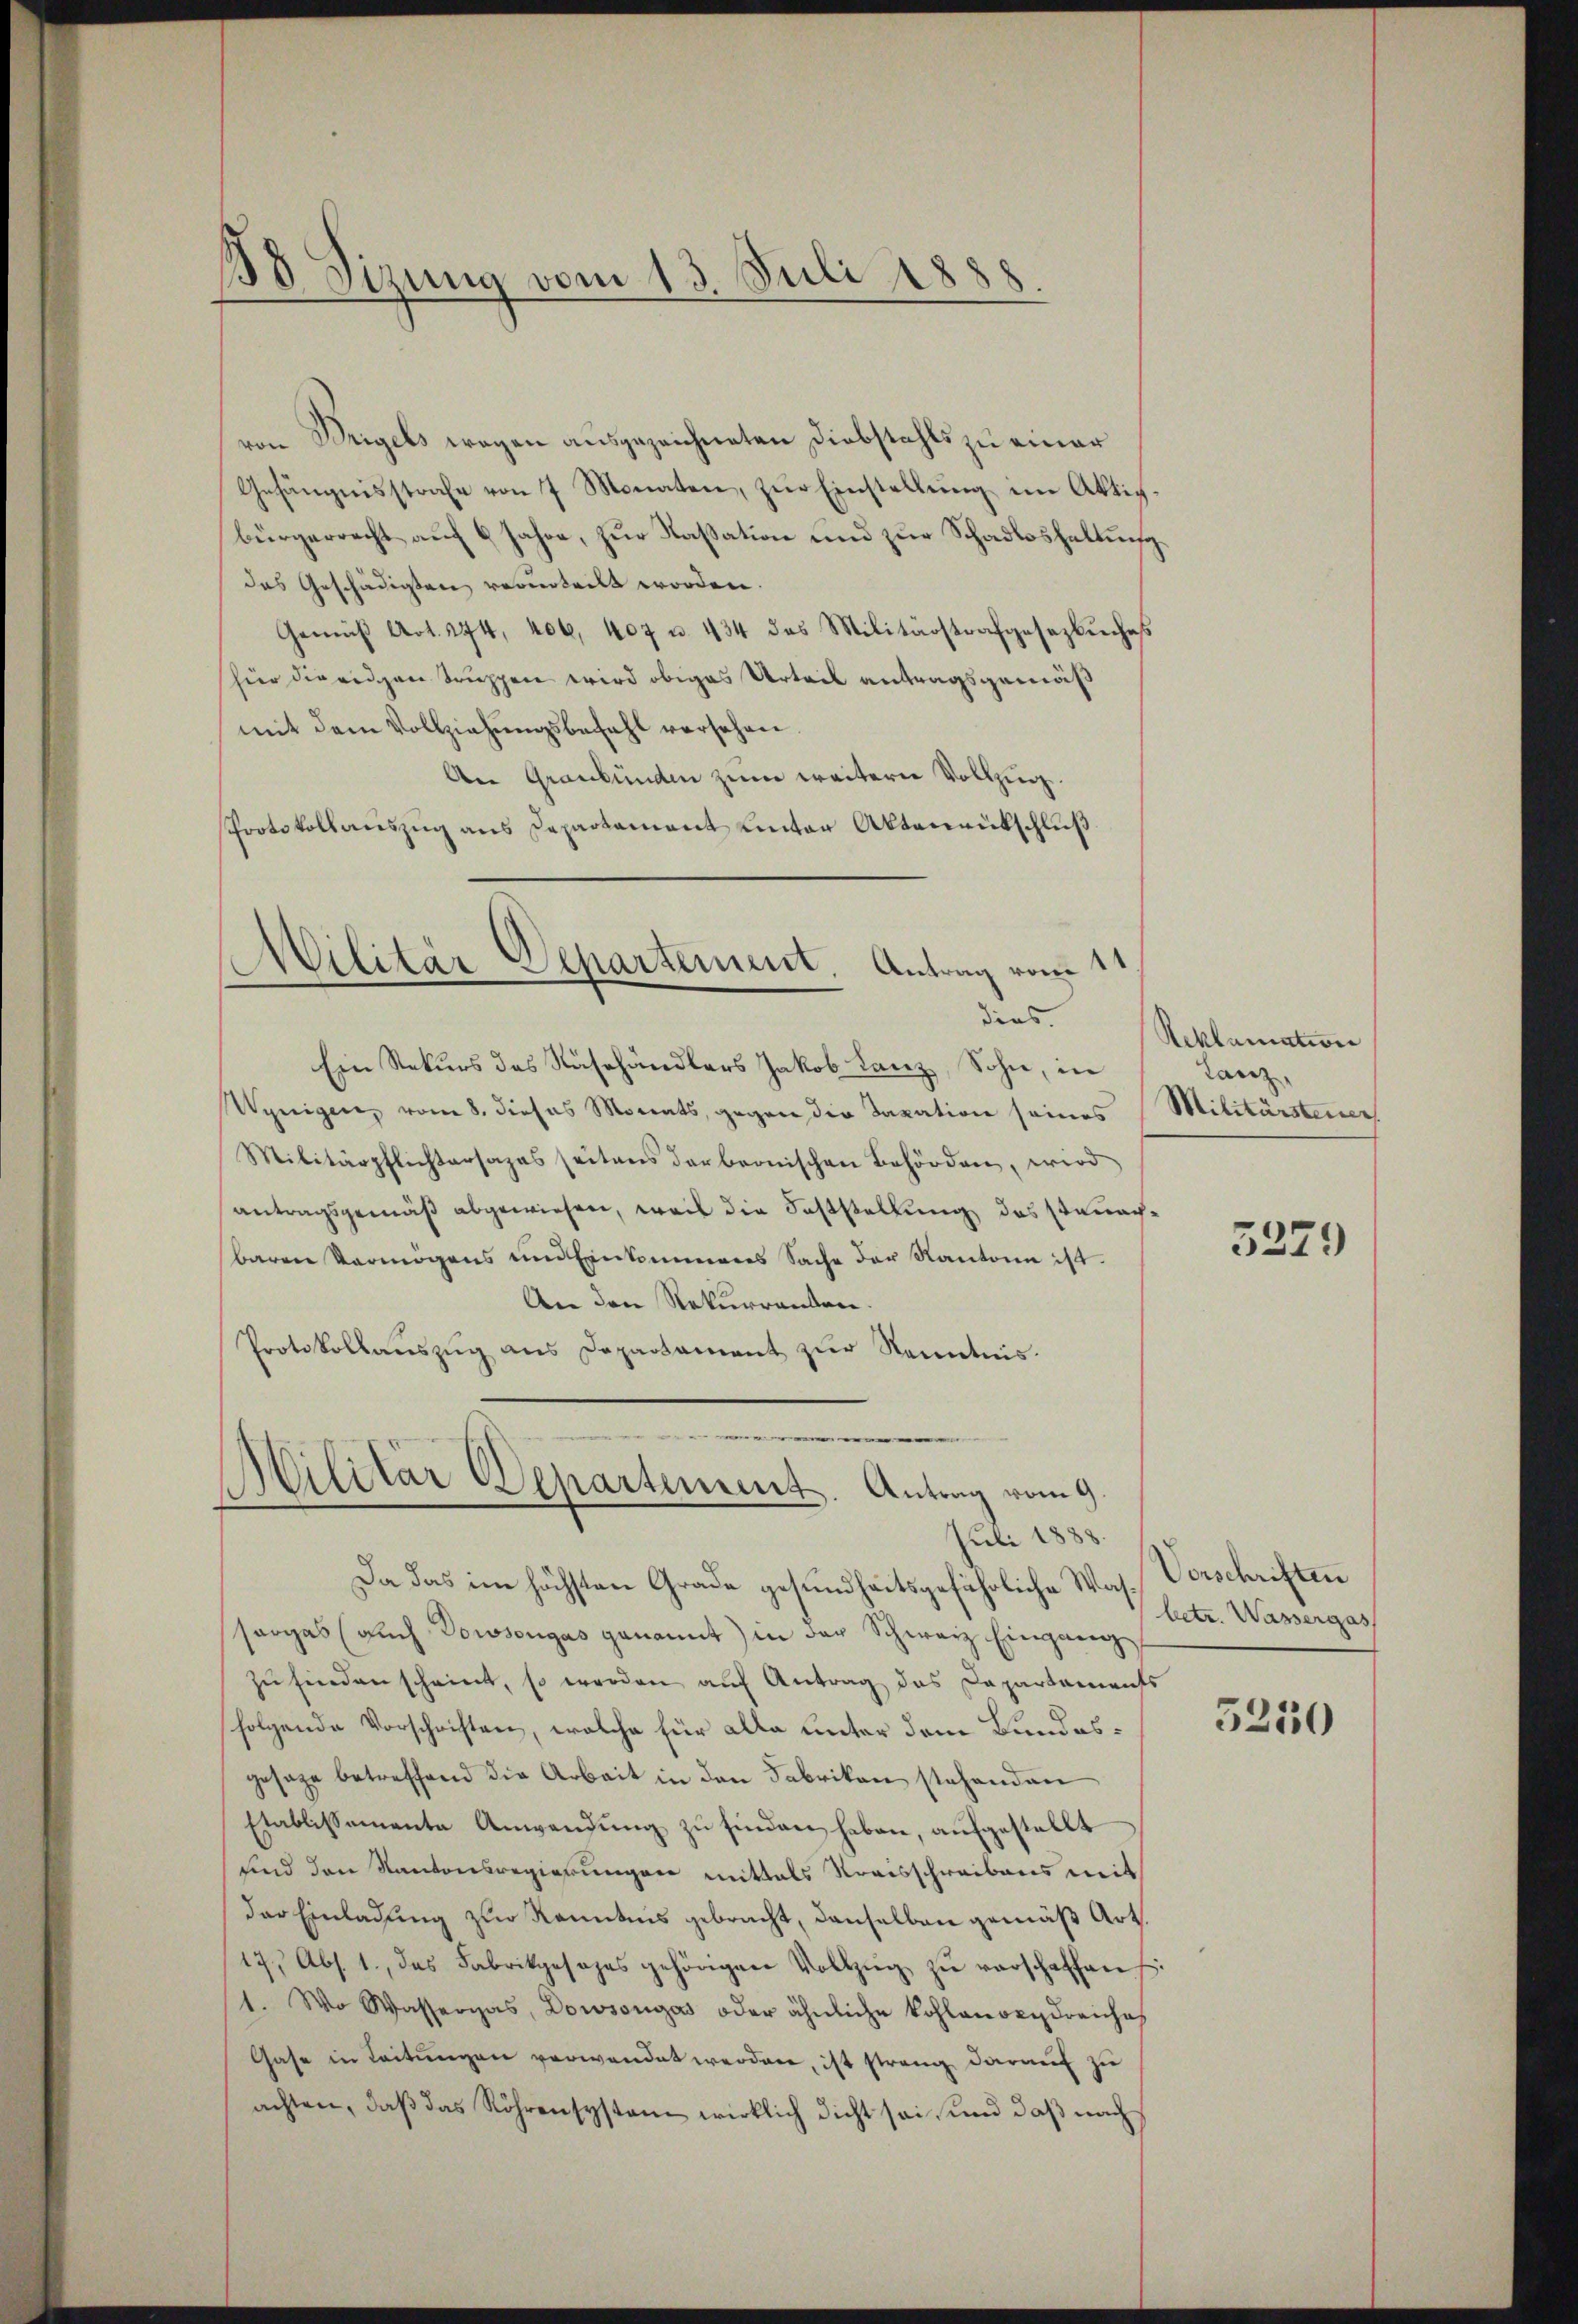
138 Sizung vom 13. Juli 1888.

von Brigels wegen ausgezeichneten Diebstahls zu einer
Gefängnisstrafe von 7 Monaten, zŭr Einstellŭng im Aktig-
bürgerrecht auf 6 Jahre, zur Kassation und zur Schadloshaltungdas Geschädigten verurteilt worden.
Gemäβ Art. 274. 406. 407 u. 434 das Militärstrafgesezbŭches
hier die eidgen Truppen wird obiges Urteil antragsgemäß
mit dem Vollziehŭngsbefahl versehen.
An Graubünden zum weitere Vollzug.
Protokollauszug aus Departament unter Aktenrückschluß

(Militär Departement. Antrag vom 11
dias.

Militär Departement. Antrag vom 9.
Juli 1888.

Ein Rekurs des Nähehändlers Jakob Lanz, Sohn, in
Wenigen, vom 8. dieses Monats, gegen die Taxation seines
Militärpflichtersapas seitens der beonischen Behörden, wird
antragsgemäß abgewiesen, weil die Feststellung des Stanachbaren Vermögens und Einkommeres Sache der Kantone ist.
An den Rekurrenten.
Protokollaŭszŭg ans Departament zŭr Kenntnis.

Reklamation
Lanz,
Militärsteiner

Da das im höchsten Grade gesundheitsgefährliche Was Verschriften
sorgas (auch Dowsengas genannt) in der Schwarz Eingang
zŭ finden scheint, so werden auf Antrag das Dapartaments
folgende Vorschriften, welche für alle unter dem Bundesgesage betreffend die Arbeit in den Fabrikon stehenden
Etablissemente Anwendŭng zŭ finden haben, aufgestellt
und den Kantonsregierungen mittals Kraisschreibens mit
der Einladung zur Kenntnis gebracht, denselben gemäß Art.
17. Abs. 1., das Fabrikgesages gehörigen Vollzŭg zŭ verschaffen :
1. Wo Wassergas, Dowsongás oder ähnliche Kohlenden dreiches
Gase in Leitungen verwendet werden, ist strang darauf zu
achten, daß das Röhrensystem wirklich dicht sei, und daß nach

3279

betr. Wassergas

5250